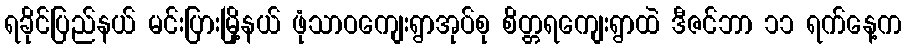
ရခိုင်ပြည်နယ် မင်းပြားမြို့နယ် ဖုံသာဝကျေးရွာအုပ်စု စိတ္တရကျေးရွာထဲ ဒီဇင်ဘာ ၁၁ ရက်နေ့က